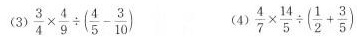
(3)$$\frac { 3 } { 4 } \times \frac { 4 } { 9 } \div ( \frac { 4 } { 5 } - \frac { 3 } { 1 0 } )$$ (4)$$\frac { 4 } { 7 } \times \frac { 1 4 } { 5 } \div ( \frac { 1 } { 2 } + \frac { 3 } { 5 } )$$